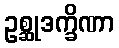
ဥစ္ဆုဒက္ခိဏာ